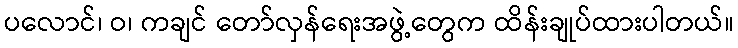
ပလောင်၊ ဝ၊ ကချင် တော်လှန်ရေးအဖွဲ့တွေက ထိန်းချုပ်ထားပါတယ်။